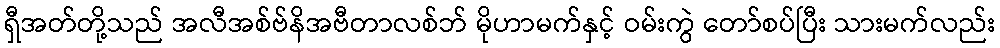
ရှီအတ်တို့သည် အလီအစ်ဗ်နိအဗီတာလစ်ဘ် မိုဟာမက်နှင့် ဝမ်းကွဲ တော်စပ်ပြီး သားမက်လည်း